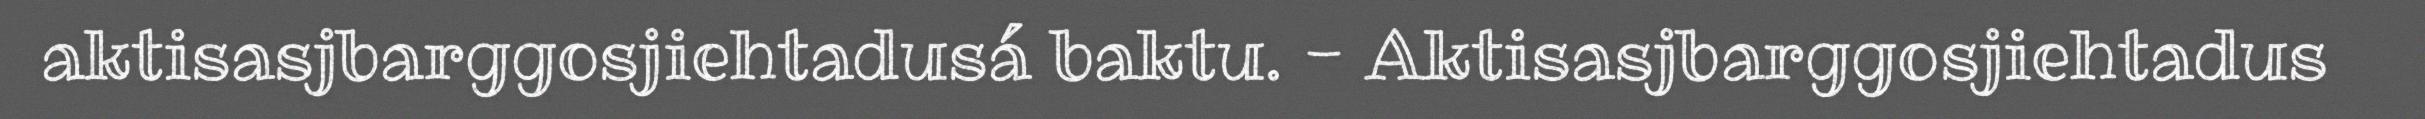
aktisasjbarggosjiehtadusá baktu. - Aktisasjbarggosjiehtadus